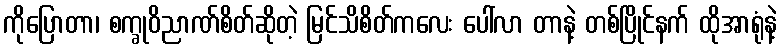
ကိုပြောတာ၊ စက္ခုဝိညာဏ်စိတ်ဆိုတဲ့ မြင်သိစိတ်ကလေး ပေါ်လာ တာနဲ့ တစ်ပြိုင်နက် ထိုအာရုံနဲ့